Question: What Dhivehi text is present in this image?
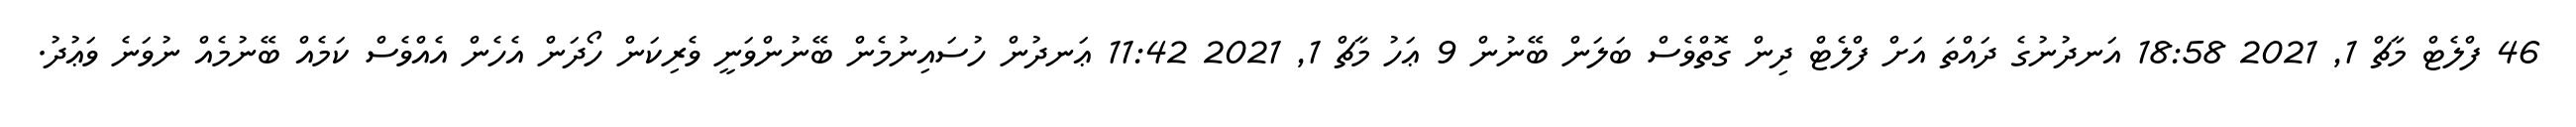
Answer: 46 ފްލެޓް މާޗް 1, 2021 18:58 އަނދުނުގެ ދައްތަ އަށް ފްލެޓް ދިން ގޮތްވެސް ބަލަން ބޭނުން 9 ޢަހު މާޗް 1, 2021 11:42 ޢަނދުން ހުސައިނުމެން ބޭނުންވަނީ ވެރިކަން ހޯދަން އެހެން އެއްވެސް ކަމެއް ބޭނުމެއް ނުވަނެ ވަޢުދު.